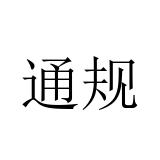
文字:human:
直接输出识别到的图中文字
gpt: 通规